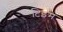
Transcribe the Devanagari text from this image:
टिइम